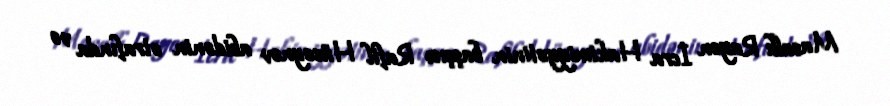
Masallı Rayon İcra Hakimiyyətinin başçısı Rafil Hüseynov abidənin ətrafında və